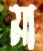
মা